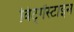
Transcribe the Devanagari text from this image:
विट्गेंस्टाइन